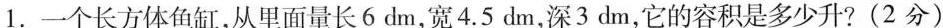
1.一个长方体鱼缸，从里面量长6dm，宽4.5dm，深3dm，它的容积是多少升?(2分)